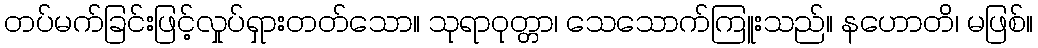
တပ်မက်ခြင်းဖြင့်လှုပ်ရှားတတ်သော။ သုရာဝုတ္တာ၊ သေသောက်ကြူးသည်။ နဟောတိ၊ မဖြစ်။